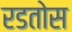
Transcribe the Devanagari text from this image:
रडतोस